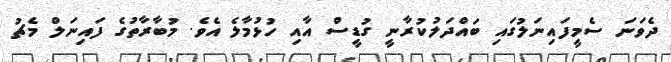
ދެވަނަ ސެމީފައިނަލުގައި ބައްދަލުކުރާނީ ގުޑީސް އާއި ހުޅުމާލެ އެވެ. މުބާރާތުގެ ފައިނަލް މެޗު